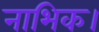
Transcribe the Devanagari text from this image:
नाभिक।